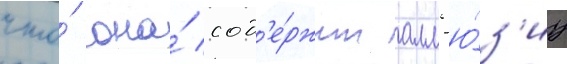
что́ она́ сод'е́ржит алл'ю́з'иу